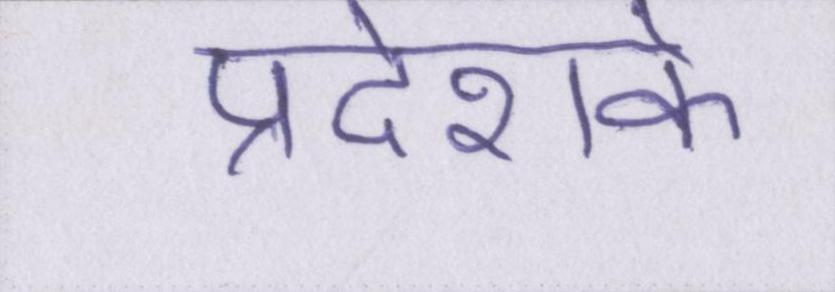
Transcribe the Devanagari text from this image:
प्रदेशके